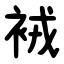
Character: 䘬